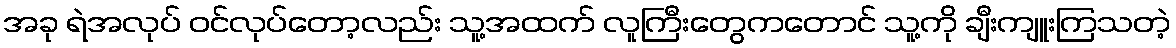
အခု ရဲအလုပ် ဝင်လုပ်တော့လည်း သူ့အထက် လူကြီးတွေကတောင် သူ့ကို ချီးကျူးကြသတဲ့